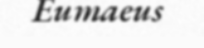
Eumaeus